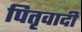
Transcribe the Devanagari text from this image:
पितृवादी